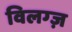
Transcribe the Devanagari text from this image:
विलग्ज़